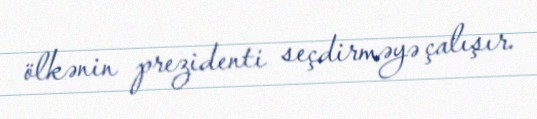
ölkənin prezidenti seçdirməyə çalışır.